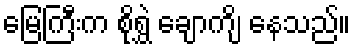
မြေကြီးက စိုရွှဲ ချောကျိ နေသည်။